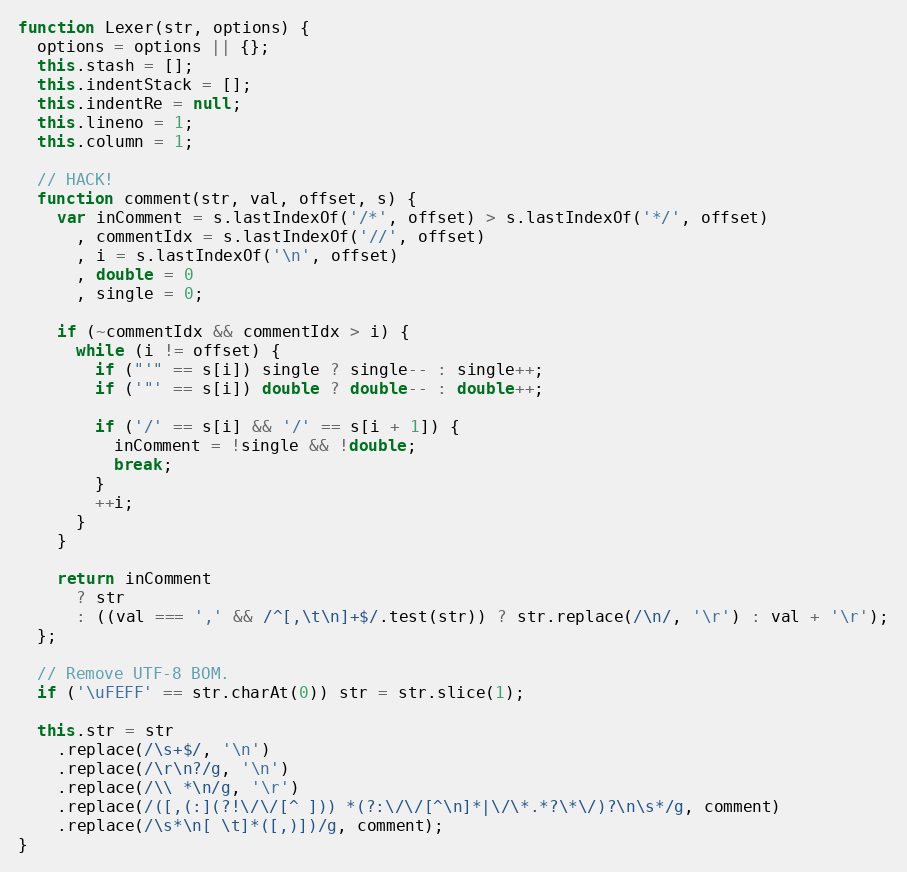
Language: JavaScript
function Lexer(str, options) {
  options = options || {};
  this.stash = [];
  this.indentStack = [];
  this.indentRe = null;
  this.lineno = 1;
  this.column = 1;

  // HACK!
  function comment(str, val, offset, s) {
    var inComment = s.lastIndexOf('/*', offset) > s.lastIndexOf('*/', offset)
      , commentIdx = s.lastIndexOf('//', offset)
      , i = s.lastIndexOf('\n', offset)
      , double = 0
      , single = 0;

    if (~commentIdx && commentIdx > i) {
      while (i != offset) {
        if ("'" == s[i]) single ? single-- : single++;
        if ('"' == s[i]) double ? double-- : double++;

        if ('/' == s[i] && '/' == s[i + 1]) {
          inComment = !single && !double;
          break;
        }
        ++i;
      }
    }

    return inComment
      ? str
      : ((val === ',' && /^[,\t\n]+$/.test(str)) ? str.replace(/\n/, '\r') : val + '\r');
  };

  // Remove UTF-8 BOM.
  if ('\uFEFF' == str.charAt(0)) str = str.slice(1);

  this.str = str
    .replace(/\s+$/, '\n')
    .replace(/\r\n?/g, '\n')
    .replace(/\\ *\n/g, '\r')
    .replace(/([,(:](?!\/\/[^ ])) *(?:\/\/[^\n]*|\/\*.*?\*\/)?\n\s*/g, comment)
    .replace(/\s*\n[ \t]*([,)])/g, comment);
}